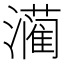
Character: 𮳙